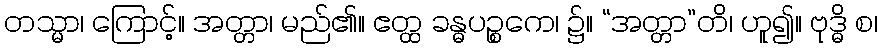
တသ္မာ၊ ကြောင့်။ အတ္တာ၊ မည်၏။ ဧတ္ထ ခန္ဓပဉ္စကေ၊ ၌။ “အတ္တာ”တိ၊ ဟူ၍။ ဗုဒ္ဓိ စ၊